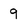
Character: 9